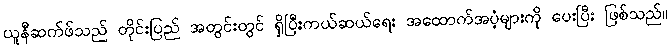
ယူနီဆက်ဖ်သည် တိုင်းပြည် အတွင်းတွင် ရှိပြီးကယ်ဆယ်ရေး အထောက်အပံ့များကို ပေးပြီး ဖြစ်သည်။